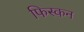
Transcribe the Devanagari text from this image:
फिस्कन